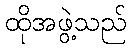
ထိုအဖွဲ့သည်